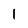
Character: 1